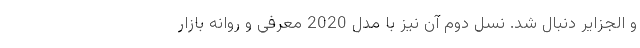
و الجزایر دنبال شد. نسل دوم آن نیز با مدل 2020 معرفی و روانه بازار